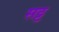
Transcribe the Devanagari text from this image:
सट्ट